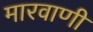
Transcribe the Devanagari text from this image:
मारवाणी